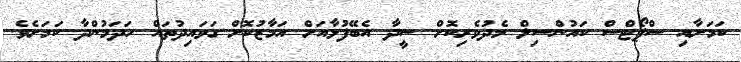
ކަމަށާއި ސްޕޯޓްސް ކައުންސިލް މެދުވެރިކޮށް ސީދާ އެބޭފުޅާއަށް އަމާޒުކޮށް ގަވައިދުތައް ހަދަމުންދާ ކަމަށެވެ.